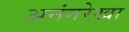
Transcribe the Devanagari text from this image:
अनंगरेखा